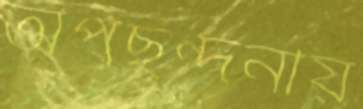
অপছন্দনীয়